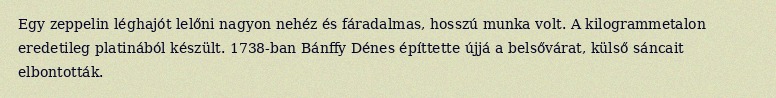
Egy zeppelin léghajót lelőni nagyon nehéz és fáradalmas, hosszú munka volt. A kilogrammetalon eredetileg platinából készült. 1738-ban Bánffy Dénes építtette újjá a belsővárat, külső sáncait elbontották.